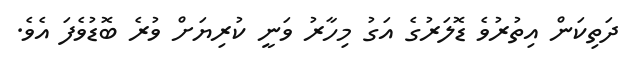
ދަތިކަން އިތުރުވެ ޑޮލަރުގެ އަގު މިހާރު ވަނީ ކުރިޔަށް ވުރެ ބޮޑުވެފަ އެވެ.